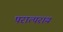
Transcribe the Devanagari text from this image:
परात्पराय